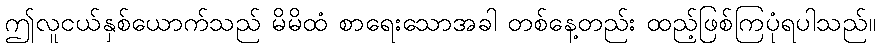
ဤလူငယ်နှစ်ယောက်သည် မိမိထံ စာရေးသောအခါ တစ်နေ့တည်း ထည့်ဖြစ်ကြပုံရပါသည်။